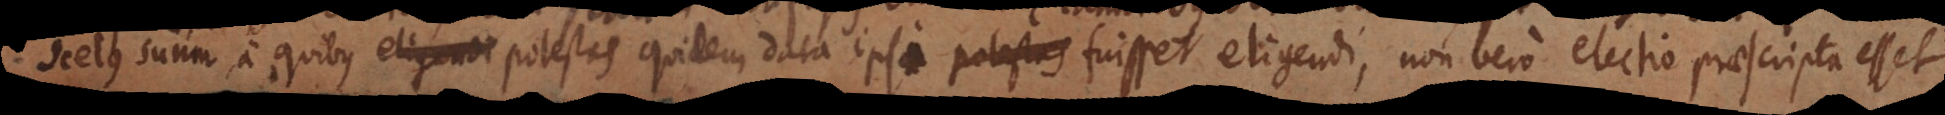
scelus suum, a quibus potestas quidem data ipsi fuisset eligendi, non vero electio praescripta esset